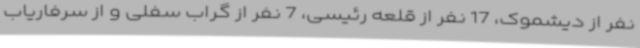
نفر از دیشموک، 17 نفر از قلعه رئیسی، 7 نفر از گراب سفلی و از سرفاریاب